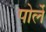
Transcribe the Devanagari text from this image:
पोर्ले